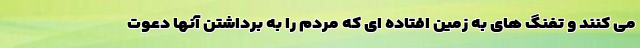
می کنند و تفنگ های به زمین افتاده ای که مردم را به برداشتن آنها دعوت